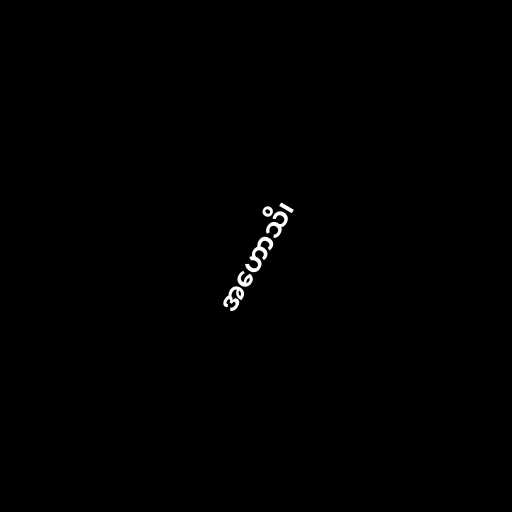
အဟောသိ၊